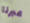
عبرنا